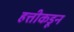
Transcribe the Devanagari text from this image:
हत्तीकडून